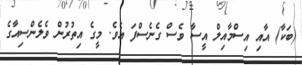
(ބަކާ) އާއި އިސްމާއިލް އީސާ ވެސް ގެނެސްފަ އެވެ. މީގެ އިތުރުން ވެލެންސިއާގެ